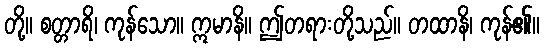
တို့။ စတ္တာရိ၊ ကုန်သော။ ဣမာနိ။ ဤတရားတို့သည်။ တထာနိ၊ ကုန်၏။